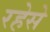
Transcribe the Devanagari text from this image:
रहेसे